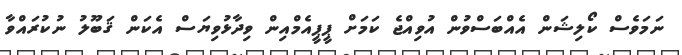
ނަމަވެސް ކޯލިޝަން އެއްބަސްވުން އުވިއްޖެ ކަމަށް ޕީޕީއެމްއިން ވިދާޅުވިޔަސް އެކަން ޤަބޫލު ނުކުރައްވާ